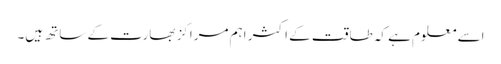
اسے معلوم ہے کہ طاقت کے اکثر اہم مراکز بھارت کے ساتھ ہیں۔